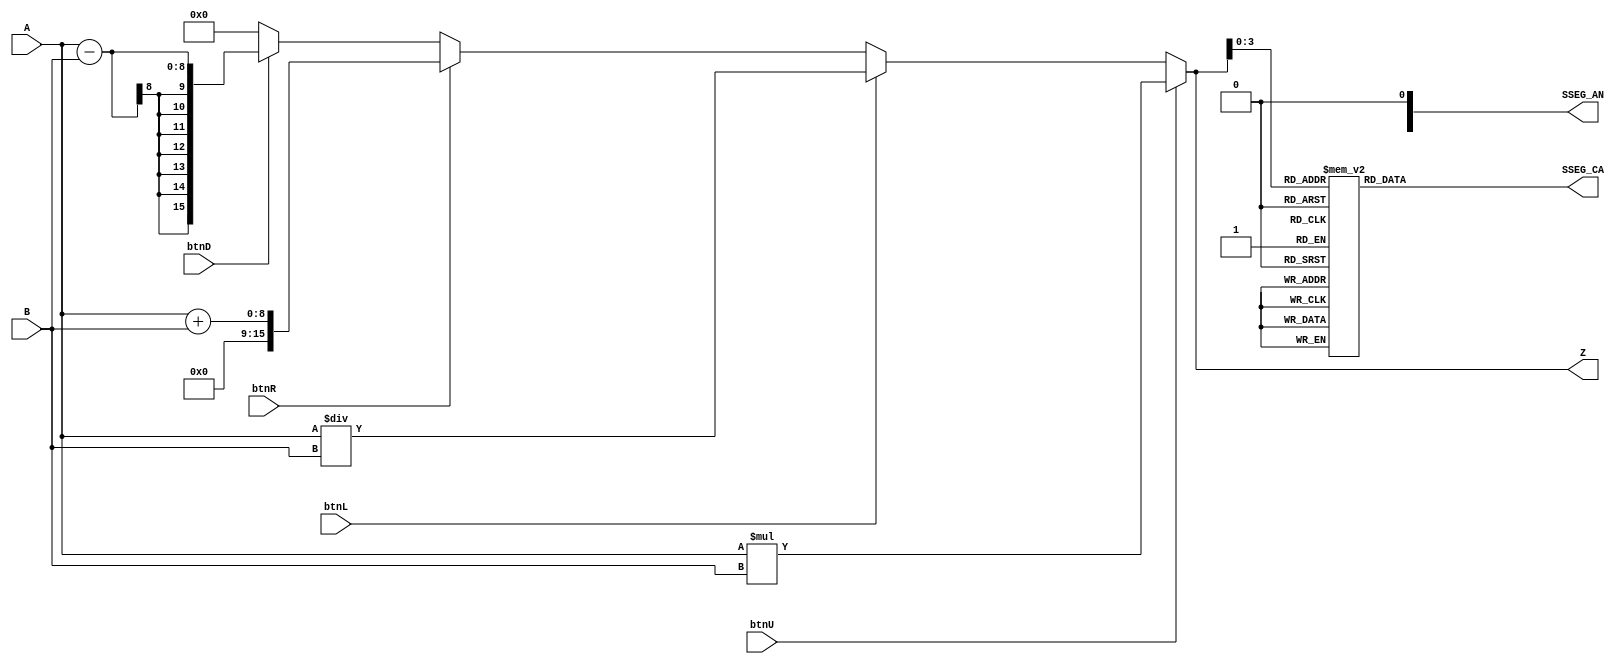
`timescale 1ns / 1ps

module top(
    input [7:0] A, // Our first number "A"
    input [7:0] B, // Our second number "B"
    output reg [15:0] Z, // Output "Z". outputs assigned in always block must be "reg" for register...
    output reg [7:0] SSEG_CA, // 7 segment cathodes. outputs assigned in always block must be "reg" for register..
    output reg [3:0] SSEG_AN, // 7 segment anodes. outputs assigned in always block must be "reg" for register..
    input btnU, // push button "up"
    input btnL,
    input btnR,
    input btnD
    );


always @ (*) // When signals in parenth toggle, the block executes. The "*" is a wildcard.
begin // always blocks have a "begin" and "end"
    if (btnU == 1)
        Z = A * B;
    else if (btnL == 1)
        Z = A / B;
    else if (btnR == 1)
        Z = A + B;
    else if (btnD == 1)
        Z = A - B;
    else
        Z = 0;
end // "end" for always
    
always @ (*) begin
    SSEG_AN[0] = 0; // 0 means "on" for anode circuitry
    case (Z[3:0]) //case statement
    0 : SSEG_CA = 8'b01000000; // 0 also means "on" for 7 segment cathodes
    1 : SSEG_CA = 8'b01111001;
    2 : SSEG_CA = 8'b00100100;
    3 : SSEG_CA = 8'b00110000;
    4 : SSEG_CA = 8'b00011001;
    5 : SSEG_CA = 8'b00010010;
    6 : SSEG_CA = 8'b00000010;
    7 : SSEG_CA = 8'b01111000;
    8 : SSEG_CA = 8'b00000000;
    9 : SSEG_CA = 8'b00010000;
    //switch off 7 segment character when the bcd digit is not a decimal number.
    default : SSEG_CA = 8'b01000000;   
    endcase   
end

endmodule